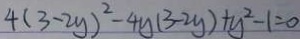
4 ( 3 - 2 y ) ^ { 2 } - 4 y ( 3 - 2 y ) + y ^ { 2 } - 1 = 0